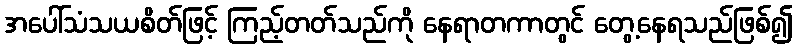
အပေါ်သံသယစိတ်ဖြင့် ကြည့်တတ်သည်ကို နေရာတကာတွင် တွေ့နေရသည်ဖြစ်၍